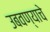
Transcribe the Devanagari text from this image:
उबवण्याचे